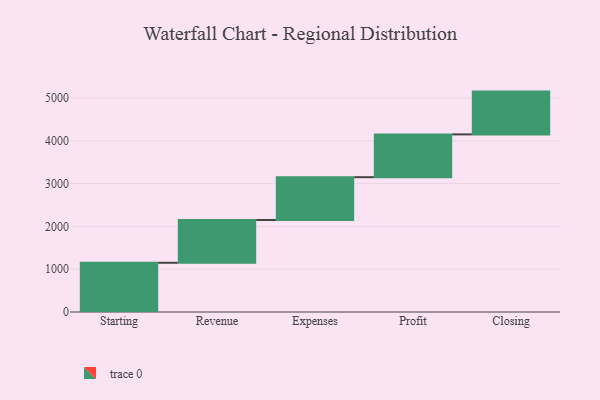
{"axis": {"x": "Step", "y": "Value"}, "legend": [""], "data": [{"x": "Starting", "y": 1150.0, "type": ""}, {"x": "Revenue", "y": 1000, "type": ""}, {"x": "Expenses", "y": 1000, "type": ""}, {"x": "Profit", "y": 1000, "type": ""}, {"x": "Closing", "y": 1000, "type": ""}]}